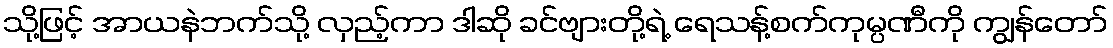
သို့ဖြင့် အာယနဲဘက်သို့ လှည့်ကာ ဒါဆို ခင်ဗျားတို့ရဲ့ ရေသန့်စက်ကုမ္ပဏီကို ကျွန်တော်